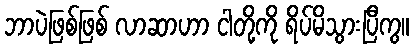
ဘာပဲဖြစ်ဖြစ် လာဆာဟာ ငါတို့ကို ရိပ်မိသွားပြီကွ။